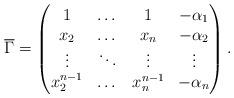
LaTeX: \begin{align*} \overline{\Gamma} = \begin{pmatrix} 1&\dots &1 &-\alpha_1\\ x_2&\dots &x_n&-\alpha_2\\ \vdots & \ddots & \vdots &\vdots\\ x_2^{n-1}&\dots &x_n^{n-1}&-\alpha_n \end{pmatrix}. \end{align*}